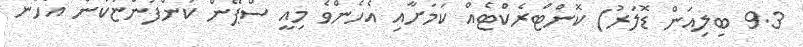
9.3 ބިލިއަން ޑޮލަރު) ކޮންޓްރެކްޓެއް ކަމަށާއި އެހެންވެ މިއީ ސްޕޭން ކުންފުންޏަކުން އެހެން